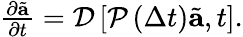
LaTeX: \begin{array}{r}{\frac{\partial\tilde{\mathbf{a}}}{\partial t}=\mathcal{D}\left[\mathcal{P}\left(\Delta t\right)\tilde{\mathbf{a}},t\right].}\end{array}